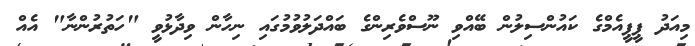
މިއަދު ޕީޕީއެމްގެ ކައުންސިލުން ބޭއްވި ނޫސްވެރިންގެ ބައްދަލުވުމުގައި ނިހާން ވިދާޅުވީ "ހަތުރުންނާ" އެއް